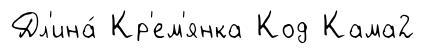
Дл'ина́ Кр'ем'янка Код Кама2